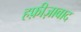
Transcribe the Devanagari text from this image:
हफ़ीज़ाबाद